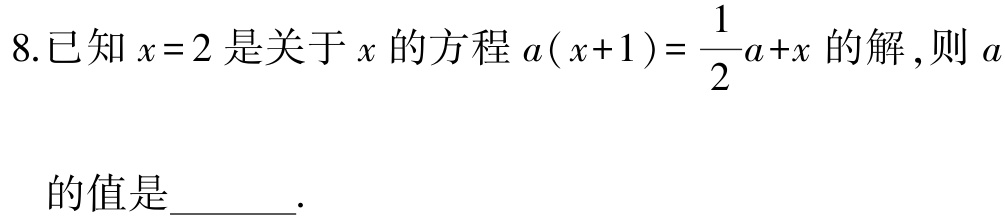
8.已知\(x = 2\)是关于\(x\)的方程\(a( x + 1 ) = \dfrac{1}{2}a + x\)的解,则\(a\)的值是______.